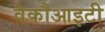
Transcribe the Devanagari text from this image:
वैकौआइटी